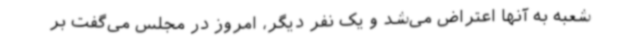
شعبه به آنها اعتراض می‌شد و یک نفر دیگر، امروز در مجلس می‌گفت بر